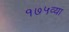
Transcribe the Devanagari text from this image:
१७५व्या